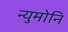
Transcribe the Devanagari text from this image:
न्युमोनि